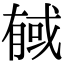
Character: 戫